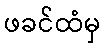
ဖခင်ထံမှ